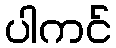
ပါကင်